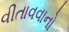
વીતાવવાનો